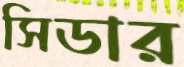
সিডার